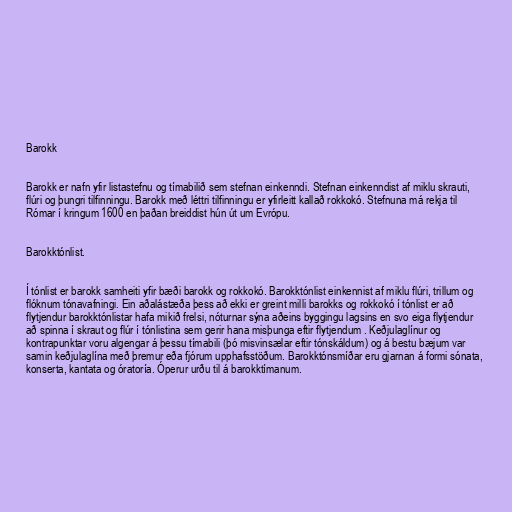
Barokk

Barokk er nafn yfir listastefnu og tímabilið sem stefnan einkenndi. Stefnan einkenndist af miklu skrauti,
flúri og þungri tilfinningu. Barokk með léttri tilfinningu er yfirleitt kallað rokkokó. Stefnuna má rekja til
Rómar í kringum 1600 en þaðan breiddist hún út um Evrópu.

Barokktónlist.

Í tónlist er barokk samheiti yfir bæði barokk og rokkokó. Barokktónlist einkennist af miklu flúri, trillum og
flóknum tónavafningi. Ein aðalástæða þess að ekki er greint milli barokks og rokkokó í tónlist er að
flytjendur barokktónlistar hafa mikið frelsi, nóturnar sýna aðeins byggingu lagsins en svo eiga flytjendur
að spinna í skraut og flúr í tónlistina sem gerir hana misþunga eftir flytjendum . Keðjulaglínur og
kontrapunktar voru algengar á þessu tímabili (þó misvinsælar eftir tónskáldum) og á bestu bæjum var
samin keðjulaglína með þremur eða fjórum upphafsstöðum. Barokktónsmíðar eru gjarnan á formi sónata,
konserta, kantata og óratoría. Óperur urðu til á barokktímanum.